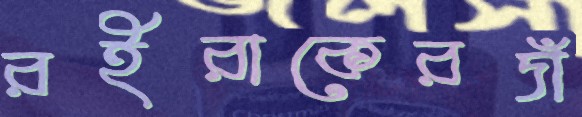
রইরাকেরদাঁ